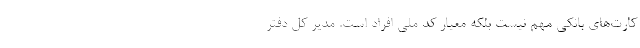
کارت‌های بانکی مهم نیست بلکه معیار کد ملی افراد است. مدیر کل دفتر